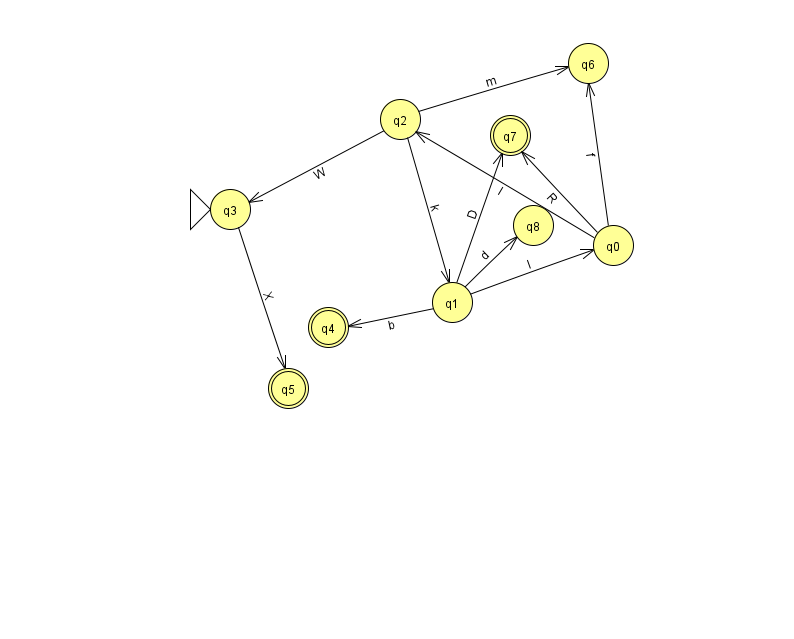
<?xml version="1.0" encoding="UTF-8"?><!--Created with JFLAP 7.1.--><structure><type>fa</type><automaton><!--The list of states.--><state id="0" name="q0"><x>613.0</x><y>232.0</y></state><state id="1" name="q1"><x>452.0</x><y>289.0</y></state><state id="2" name="q2"><x>400.0</x><y>106.0</y></state><state id="3" name="q3"><x>230.0</x><y>196.0</y><initial/></state><state id="4" name="q4"><x>328.0</x><y>314.0</y><final/></state><state id="5" name="q5"><x>288.0</x><y>375.0</y><final/></state><state id="6" name="q6"><x>588.0</x><y>50.0</y></state><state id="7" name="q7"><x>510.0</x><y>122.0</y><final/></state><state id="8" name="q8"><x>533.0</x><y>212.0</y></state><!--The list of transitions.--><transition><from>2</from><to>3</to><read>W</read></transition><transition><from>0</from><to>6</to><read>f</read></transition><transition><from>2</from><to>1</to><read>k</read></transition><transition><from>0</from><to>7</to><read>R</read></transition><transition><from>1</from><to>8</to><read>d</read></transition><transition><from>3</from><to>5</to><read>X</read></transition><transition><from>0</from><to>2</to><read>l</read></transition><transition><from>1</from><to>0</to><read>l</read></transition><transition><from>1</from><to>7</to><read>D</read></transition><transition><from>2</from><to>6</to><read>m</read></transition><transition><from>1</from><to>4</to><read>b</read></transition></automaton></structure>